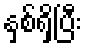
နှစ်ရှိပြီး